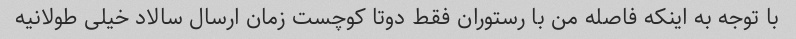
با توجه به اینکه فاصله من با رستوران فقط دوتا کوچست زمان ارسال سالاد خیلی طولانیه